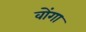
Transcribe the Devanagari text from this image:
वोंगा